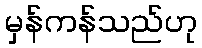
မှန်ကန်သည်ဟု